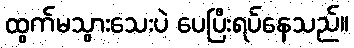
ထွက်မသွားသေးပဲ ပေပြီးရပ်နေသည်။